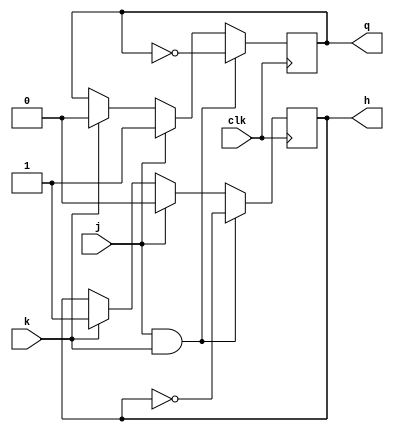
module jk_flipflop (
    input wire clk,
    input wire j,
    input wire k,
    output reg q,
    output reg h
);

always @(posedge clk) begin
    if (j && k) begin
        // Toggle q and h when both J and K are 1
        q <= ~q;
        h <= ~h;
    end else if (j) begin
        // Set q to 1 when J is 1
        q <= 1;
        h <= 0;
    end else if (k) begin
        // Set q to 0 when K is 1
        q <= 0;
        h <= 1;
    end
    // If both J and K are 0, do nothing
end

endmodule